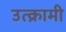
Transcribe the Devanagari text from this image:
उत्क्रामी